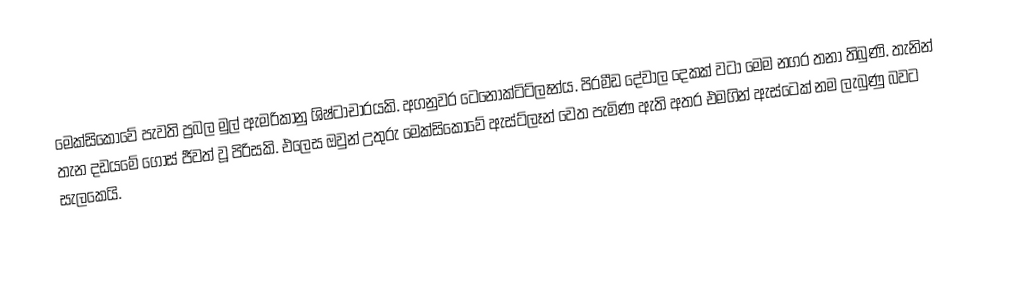
මෙක්සිකෝවේ පැවති ප්‍රබල මුල් ඇමරිකානු ශිෂ්ටාචාරයකි. අගනුවර ටෙනොක්ටිට්ලෑන්ය. පිරමීඩ දේවාල දෙකක් වටා මෙම නගර තනා තිබුණි. තැනින් තැන දඩයමේ ගොස් ජීවත් වූ පිරිසකි. එලෙස ඔවුන් උතුරු මෙක්සිකෝවේ ඇස්ට්ලෑන් වෙත පැමිණ ඇති අතර එමගින් ඇස්ටෙක් නම ලැබුණු බවට සැලකෙයි.